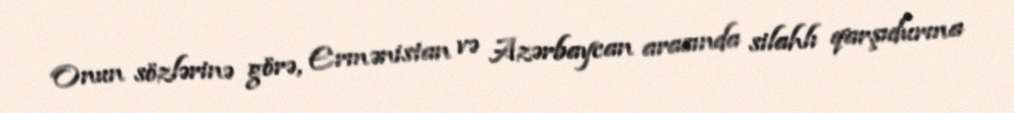
Onun sözlərinə görə, Ermənistan və Azərbaycan arasında silahlı qarşıdurma